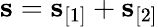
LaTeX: \mathbf s=\mathbf s_{[1]}+\mathbf s_{[2]}